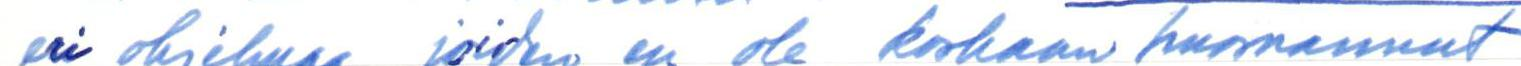
eri ohjelmaa, joiden en ole koskaan huomannut